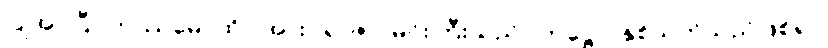
ပြုအပ်ပြီ။ တဿမေ၊ ထိုငါအား။ ရာဇာ၊ မင်းကြီးသည်။ တုဋ္ဌော၊ နှစ်သက်သည်ဖြစ်၍။